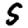
Digit: 5